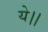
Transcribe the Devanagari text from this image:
ये।।